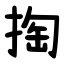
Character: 掏